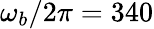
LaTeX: \omega_{b}/2\pi=340